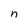
Character: n